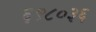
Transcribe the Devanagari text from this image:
६९८०३६